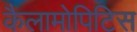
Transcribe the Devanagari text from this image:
कैलामोपिटिस